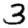
Digit: 3